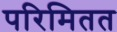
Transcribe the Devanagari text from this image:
परिमितत